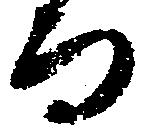
而